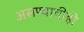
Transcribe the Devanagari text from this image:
असण्याचीही